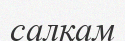
салқам